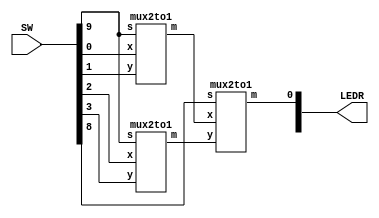
//SW[2:0] data inputs
//SW[9] select signal

//LEDR[0] output display

module mux4to1(LEDR, SW);
    input [9:0] SW;
    output [9:0] LEDR;
    wire connection1; //Declare a wire for connection
    wire connection2; //Declare another wire for connection


    mux2to1 b1(
        .x(SW[0]),
        .y(SW[1]),
        .s(SW[9]),
        .m(connection1)
        );
    mux2to1 b2(
        .x(SW[2]),
        .y(SW[3]),
        .s(SW[9]),
        .m(connection2)
        );
    mux2to1 b3(
        .x(connection1),
        .y(connection2),
        .s(SW[8]),
        .m(LEDR[0])
        );

endmodule

module mux2to1(x, y, s, m);
    input x; //selected when s is 0
    input y; //selected when s is 1
    input s; //select signal
    output m; //output

    assign m = s & y | ~s & x;
    // OR
    // assign m = s ? y : x;

endmodule